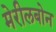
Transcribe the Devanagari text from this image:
मेरीलबोन